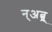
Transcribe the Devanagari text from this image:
न्अत्न्र्